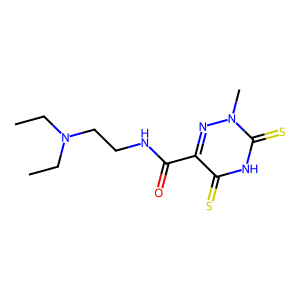
SMILES: CCN(CC)CCNC(=O)c1nn(C)c(=S)[nH]c1=S
Inhibits HIV replication: No